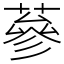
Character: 蔘